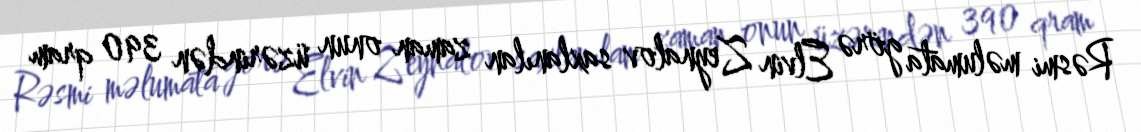
Rəsmi məlumata görə Elvin Zeynalov saxlanılan zaman onun üzərindən 390 qram